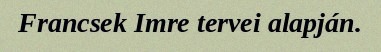
Francsek Imre tervei alapján.